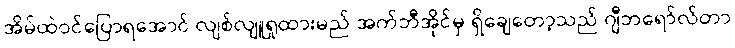
အိမ်ထဲဝင်ပြောရအောင် လျစ်လျူရှုထားမည် အက်ဘီအိုင်မှ ရှိချေတော့သည် ဂျီဘရော်လ်တာ